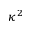
\kappa ^ { 2 }